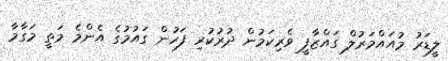
ލީޑަރު މުއައްމަރުލް ގައްޒާފީ ވެރިކަމުން ދުރުކުރި ފަހުން ގައުމުގެ އެންމެ މަތީ މަގާމާ